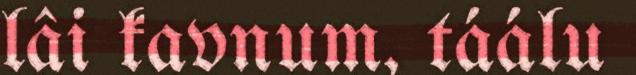
lâi kavnum, táálu